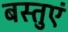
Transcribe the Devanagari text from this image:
बस्तुएं